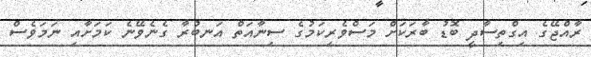
ރާއްޖޭގެ އިގްތިސާދީ ބޮޑު ބާރަކަށް މަސްވެރިކަމުގެ ސިނާއަތް އަނބުރާ ގެނެވޭނެ ކަމަށާއި ނަމަވެސް